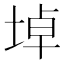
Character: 𡍎